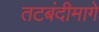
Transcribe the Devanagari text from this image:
तटबंदीमागे